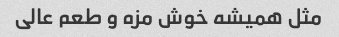
مثل همیشه خوش مزه و طعم عالی